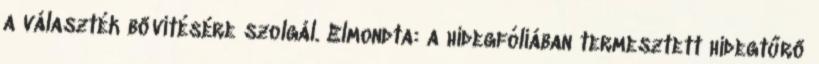
a választék bővítésére szolgál. Elmondta: a hidegfóliában termesztett hidegtűrő